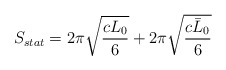
\begin{align*}S_{stat}=2\pi \sqrt{\frac{cL_{0}}{6}}+2\pi \sqrt{\frac{c\bar{L}_{0}}{6}}\end{align*}